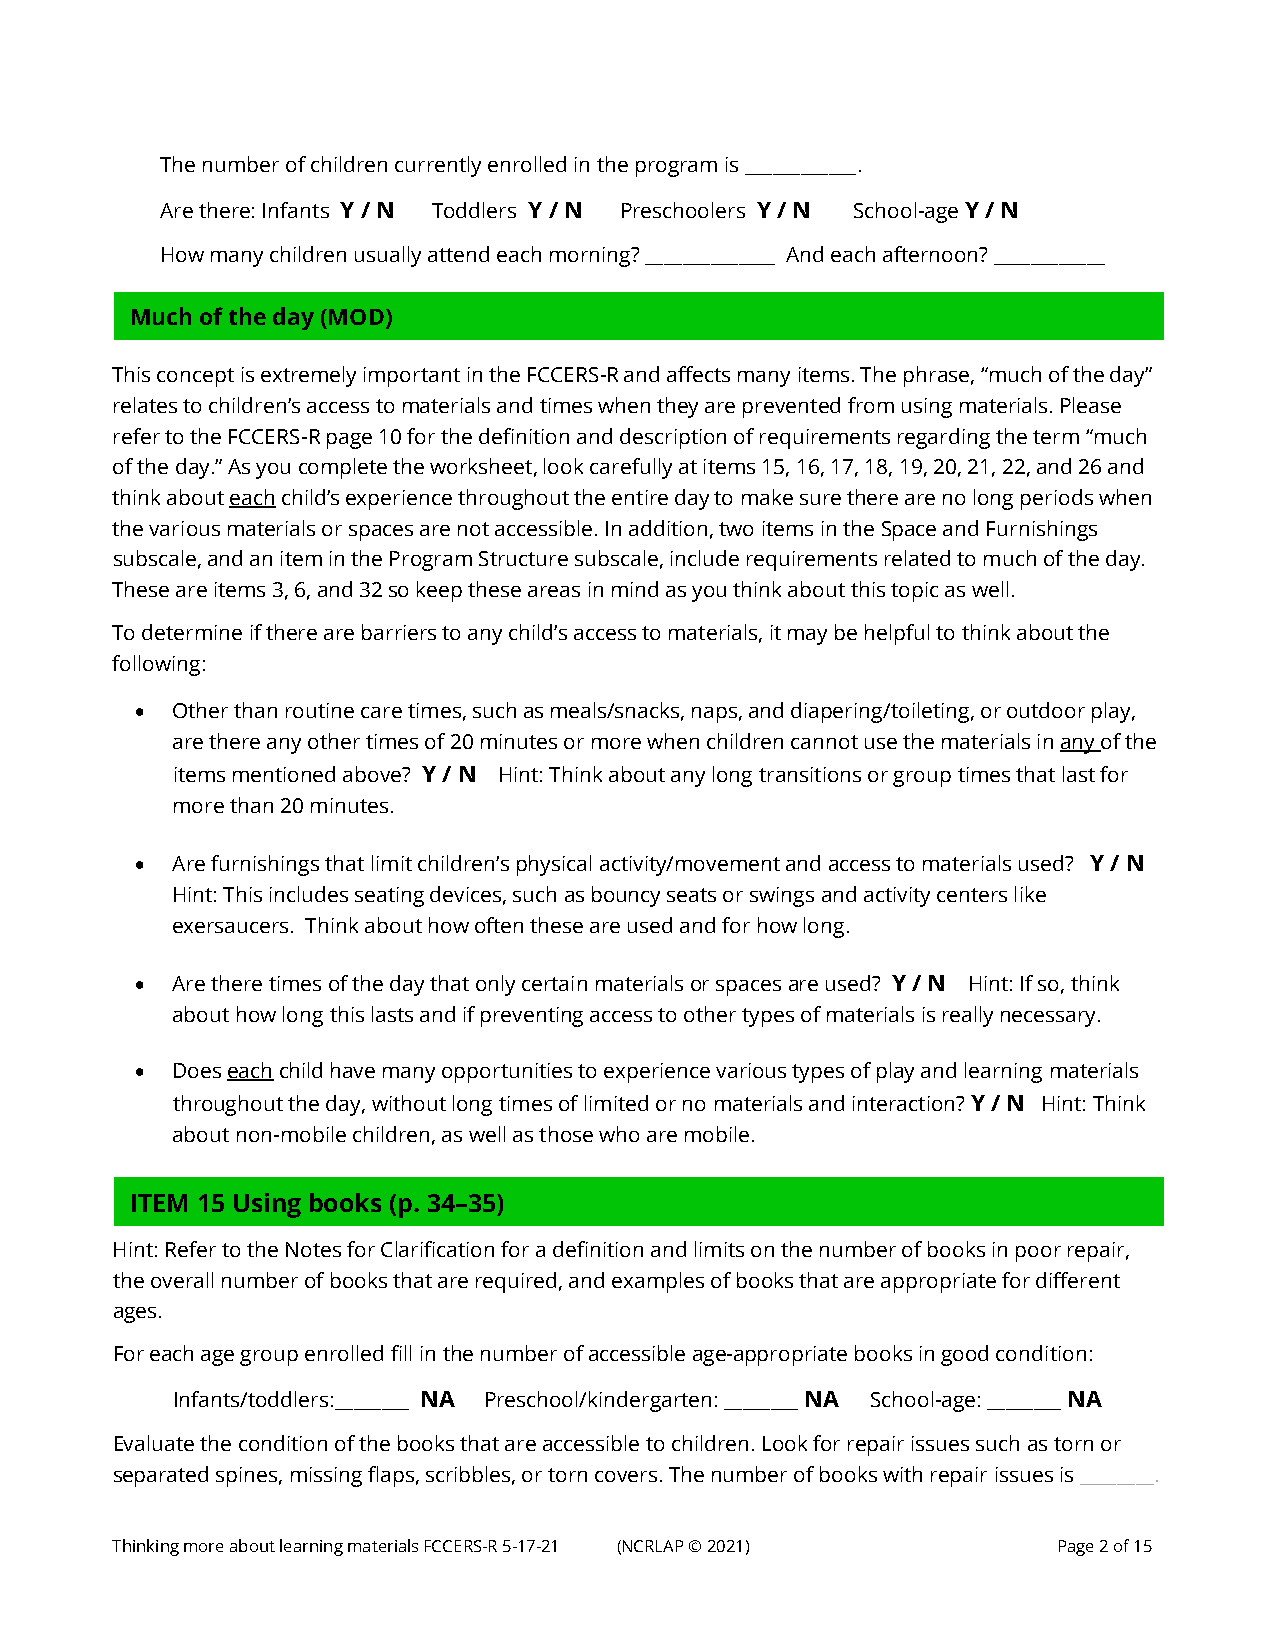
The number of children currently enrolled in the program is ____________.
 Are there: Infants Y / N Toddlers Y / N Preschoolers Y / N School-age Y / N
 How many children usually attend each morning? ______________ And each afternoon? ____________
 Much of the day (MOD)
 This concept is extremely important in the FCCERS-R and affects many items. The phrase, “much of the day”
 relates to children’s access to materials and times when they are prevented from using materials. Please
 refer to the FCCERS-R page 10 for the definition and description of requirements regarding the term “much
 of the day.” As you complete the worksheet, look carefully at items 15, 16, 17, 18, 19, 20, 21, 22, and 26 and
 think about each child’s experience throughout the entire day to make sure there are no long periods when
 the various materials or spaces are not accessible. In addition, two items in the Space and Furnishings
 subscale, and an item in the Program Structure subscale, include requirements related to much of the day.
 These are items 3, 6, and 32 so keep these areas in mind as you think about this topic as well.
 To determine if there are barriers to any child’s access to materials, it may be helpful to think about the
 following:
 • Other than routine care times, such as meals/snacks, naps, and diapering/toileting, or outdoor play,
 are there any other times of 20 minutes or more when children cannot use the materials in any of the
 items mentioned above? Y / N Hint: Think about any long transitions or group times that last for
 more than 20 minutes.
 • Are furnishings that limit children’s physical activity/movement and access to materials used? Y / N
 Hint: This includes seating devices, such as bouncy seats or swings and activity centers like
 exersaucers. Think about how often these are used and for how long.
 • Are there times of the day that only certain materials or spaces are used? Y / N Hint: If so, think
 about how long this lasts and if preventing access to other types of materials is really necessary.
 • Does each child have many opportunities to experience various types of play and learning materials
 throughout the day, without long times of limited or no materials and interaction? Y / N Hint: Think
 about non-mobile children, as well as those who are mobile.
 ITEM 15 Using books (p. 34–35)
 Hi nt: Refer to the Notes for Clarification for a definition and limits on the number of books in poor repair,
 the overall number of books that are required, and examples of books that are appropriate for different
 ages.
 For each age group enrolled fill in the number of accessible age-appropriate books in good condition:
 Infants/toddlers:________ NA Preschool/kindergarten: ________ NA School-age: ________ NA
 Evaluate the condition of the books that are accessible to children. Look for repair issues such as torn or
 separated spines, missing flaps, scribbles, or torn covers. The number of books with repair issues is ________.
 Thinking more about learning materials FCCERS-R 5-17-21 (NCRLAP © 2021) Page 2 of 15